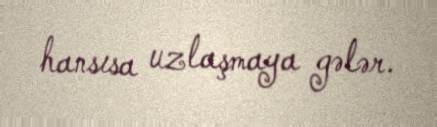
hansısa uzlaşmaya gələr.